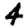
Digit: 4